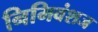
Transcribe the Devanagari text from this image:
निमिवंशज